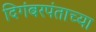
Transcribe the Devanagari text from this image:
दिगंबरपंताच्या